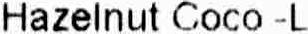
HAZELNUT COCO -L